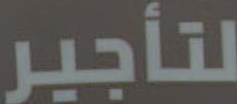
لتأجير